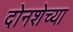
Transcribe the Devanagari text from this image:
दोनशेच्या